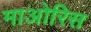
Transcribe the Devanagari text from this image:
माओरिस